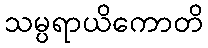
သမ္ပရာယိကောတိ